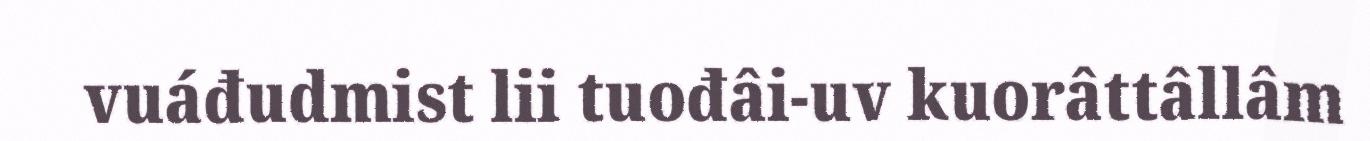
vuáđudmist lii tuođâi-uv kuorâttâllâm